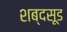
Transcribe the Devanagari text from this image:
शब्दसूड